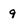
Character: 9